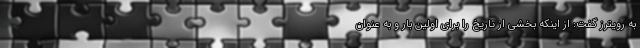
به رویترز گفت: از اینکه بخشی از تاریخ را برای اولین بار و به عنوان